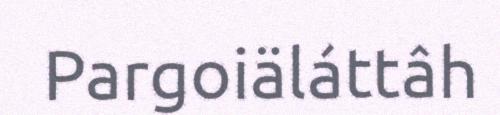
Pargoiäláttâh